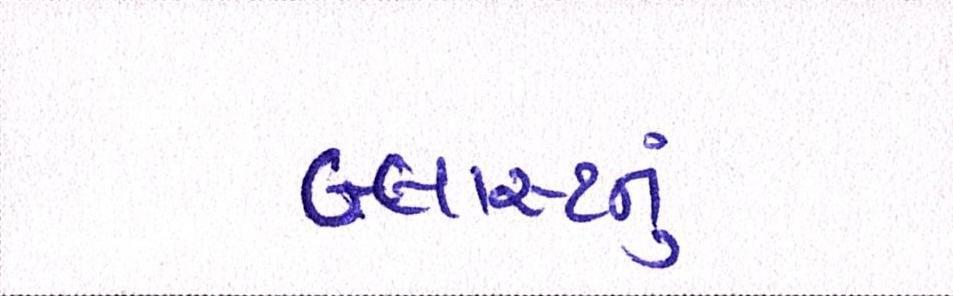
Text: બ્લાસ્ટનું